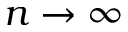
n \to \infty